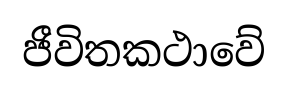
ජීවිතකථාවේ